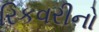
રિકવરીનો